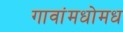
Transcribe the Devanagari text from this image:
गावांमधोमध